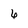
Character: 6